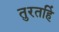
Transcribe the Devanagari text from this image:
तुरतहिं